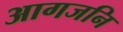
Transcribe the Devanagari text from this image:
आगजनि